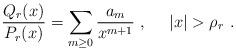
LaTeX: \begin{align*} \frac{Q_{r} (x)}{P_{r} (x) } = \sum_{m \geq 0 } \frac{ a_{m}}{x^{m+1}} \ , \ \ \ \ |x| > \rho_{r} \ .\end{align*}